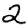
Digit: 2